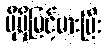
ပိုမိုမြင့်မားပြီး